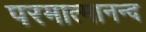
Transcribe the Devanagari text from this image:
परमात्मानन्द